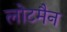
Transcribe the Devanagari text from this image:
लोटमैन